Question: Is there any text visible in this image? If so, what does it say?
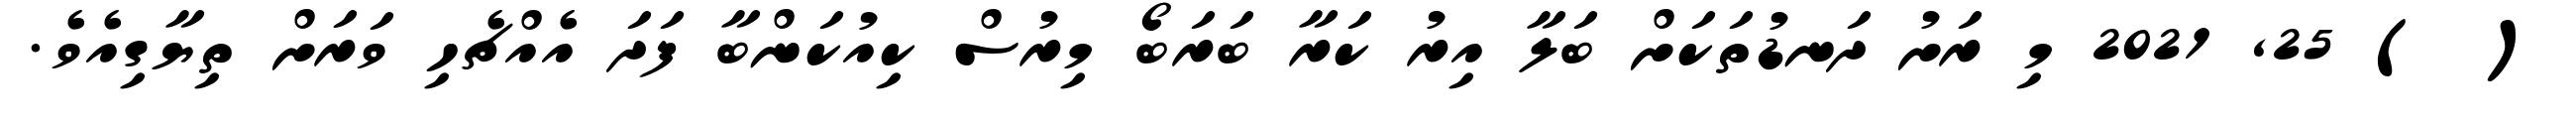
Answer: ( ) 25, 2021 މި ރަށު ދަނޑުތަކަށް ބަލާ އިރު ކަރާ ބަރަބޯ މިރުސް ކިއުކަންބާ ފަދަ އެއްޗެހި ވަރަށް ތިޔާގިއެވެ.